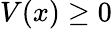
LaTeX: V(x)\geq 0